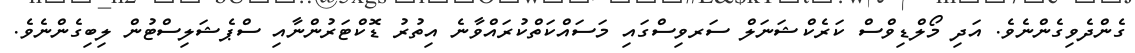
ގެންދެވިގެންނެވެ. އަދި މޯލްޑިވްސް ކަރެކްޝަނަލް ސަރވިސްގައި މަސައްކަތްކުރައްވާނެ އިތުރު ޑޮކްޓަރުންނާއި ސްޕެޝަލިސްޓުން ލިބިގެންނެވެ.